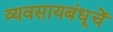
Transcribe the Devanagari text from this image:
व्यवसायबंधूचें